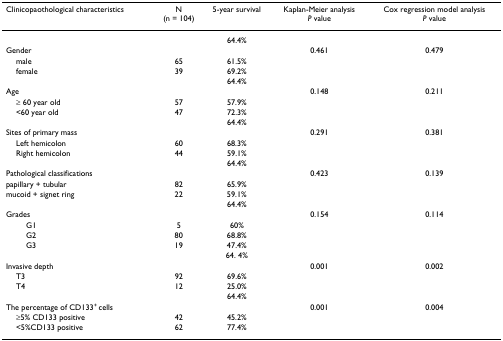
<table><thead><tr><td><b>Clinicopaothological characteristics</b></td><td><b>N(n = 104)</b></td><td><b>5-year survival</b></td><td><b>Kaplan-Meier analysis<i>P </i>value</b></td><td><b>Cox regression model analysis<i>P </i>value</b></td></tr></thead><tbody><tr><td></td><td></td><td>64.4%</td><td></td><td></td></tr><tr><td>Gender</td><td></td><td></td><td>0.461</td><td>0.479</td></tr><tr><td> male</td><td>65</td><td>61.5%</td><td></td><td></td></tr><tr><td> female</td><td>39</td><td>69.2%</td><td></td><td></td></tr><tr><td></td><td></td><td>64.4%</td><td></td><td></td></tr><tr><td>Age</td><td></td><td></td><td>0.148</td><td>0.211</td></tr><tr><td> ≥ 60 year old</td><td>57</td><td>57.9%</td><td></td><td></td></tr><tr><td> &lt;60 year old</td><td>47</td><td>72.3%</td><td></td><td></td></tr><tr><td></td><td></td><td>64.4%</td><td></td><td></td></tr><tr><td>Sites of primary mass</td><td></td><td></td><td>0.291</td><td>0.381</td></tr><tr><td> Left hemicolon</td><td>60</td><td>68.3%</td><td></td><td></td></tr><tr><td> Right hemicolon</td><td>44</td><td>59.1%</td><td></td><td></td></tr><tr><td></td><td></td><td>64.4%</td><td></td><td></td></tr><tr><td>Pathological classifications</td><td></td><td></td><td>0.423</td><td>0.139</td></tr><tr><td>papillary + tubular</td><td>82</td><td>65.9%</td><td></td><td></td></tr><tr><td>mucoid + signet ring</td><td>22</td><td>59.1%</td><td></td><td></td></tr><tr><td></td><td></td><td>64.4%</td><td></td><td></td></tr><tr><td>Grades</td><td></td><td></td><td>0.154</td><td>0.114</td></tr><tr><td>G1</td><td>5</td><td>60%</td><td></td><td></td></tr><tr><td>G2</td><td>80</td><td>68.8%</td><td></td><td></td></tr><tr><td>G3</td><td>19</td><td>47.4%</td><td></td><td></td></tr><tr><td></td><td></td><td>64. 4%</td><td></td><td></td></tr><tr><td>Invasive depth</td><td></td><td></td><td>0.001</td><td>0.002</td></tr><tr><td> T3</td><td>92</td><td>69.6%</td><td></td><td></td></tr><tr><td> T4</td><td>12</td><td>25.0%</td><td></td><td></td></tr><tr><td></td><td></td><td>64.4%</td><td></td><td></td></tr><tr><td>The percentage of CD133<sup>+ </sup>cells</td><td></td><td></td><td>0.001</td><td>0.004</td></tr><tr><td> ≥5% CD133 positive</td><td>42</td><td>45.2%</td><td></td><td></td></tr><tr><td> &lt;5%CD133 positive</td><td>62</td><td>77.4%</td><td></td><td></td></tr></tbody></table>